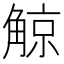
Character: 𧤀